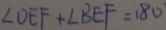
\angle D E F + \angle B E F = 1 8 0 ^ { \cdot }